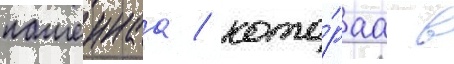
пашеннаа / кото́раа в